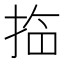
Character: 𱠀